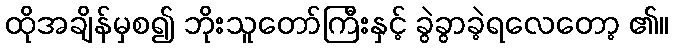
ထိုအချိန်မှစ၍ ဘိုးသူတော်ကြီးနှင့် ခွဲခွာခဲ့ရလေတော့ ၏။